Indian journal of veterinary science and animal husbandry - Volumes 15-17, 1948-1951
Year: 1948
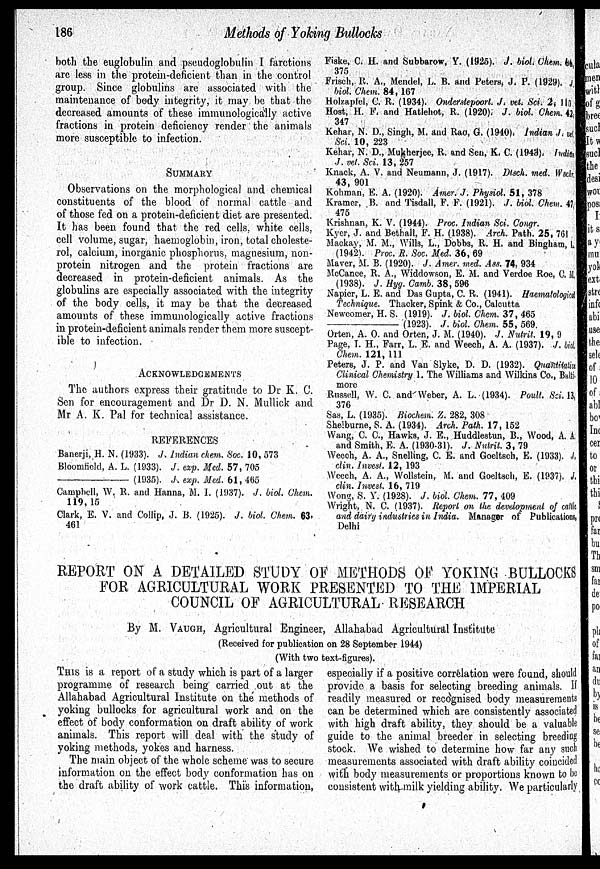
186
Methods of Yoking Bullocks
both the euglobulin and pseudoglobulin I farctions
are less in the protein-deficient than in the control
group. Since globulins are associated with the
maintenance of body integrity, it may be that the
decreased amounts of these immunologically active
fractions in protein deficiency render the animals
more susceptible to infection.
SUMMARY
Observations on the morphological and chemical
constituents of the blood of normal cattle and
of those fed on a protein-deficient diet are presented.
It has been found that the red cells, white cells,
cell volume, sugar, haemoglobin, iron, total choleste-
rol, calcium, inorganic phosphorus, magnesium, non-
protein nitrogen and the protein fractions are
decreased in protein-deficient animals. As the
globulins are especially associated with the integrity
of the body cells, it may be that the decreased
amounts of these immunologically active fractions
in protein-deficient animals render them more suscept-
ible to infection.
ACKNOWLEDGEMENTS
The authors express their gratitude to Dr K. C.
Sen for encouragement and Dr D. N. Mullick and
Mr A. K. Pal for technical assistance.
REFERENCES
Banerji, H. N. (1933). J. Indian chem. Soc. 10, 573
Bloomfield, A. L. (1933). J. exp. Med. 57, 705
—
(1935). J. exp. Med. 61, 465
Campbell, W. R. and Hanna, M. 1. (1937). J. biol. Chem.
119, 15
Clark, E. V. and Collip, J. B. (1925). J. biol. Chem. 63,
461
Fiske, C. H. and Subbarow, Y. (1925). J. biol. Chem. 66
375
Frisch, R. A., Mendel, L. B. and Peters, J. P. (1929). j.
biol. Chem. 84, 167
Holzapfel, C. R. (1934). Onderstepoort. J. vet. Sci. 2, 115
Host, H. F. and Hatlehot, R. (1920). J. biol. Chem. 42,
347
Kehar, N. D., Singh, M. and Rao, G. (1940). Indian J. vel.
Sci. 10, 223
Kehar, N. D., Mukherjee, R. and Sen, K. C. (1943). Indian
J. vet. Sci. 13, 257
Knack, A. V. and Neumann, J. (1917). Disch. med. Wschr.
43, 901
Kohman, E. A. (1920). Amer. J. Physiol. 51, 378
Kramer, B. and Tisdall, F. F. (1921). J. biol. Chem. 47
475
Krishnan, K. V. (1944). Proc. Indian Sci. Congr.
Kyer, J. and Bethall, F. H. (1938). Arch. Path. 25, 761
Mackay, M. M., Wills, L., Dobbs, R. H. and Bingham, L.
(1942). Proc. R. Soc. Med. 36, 69
Maver, M. B. (1920). J. Amer. med. Ass. 74, 934
McCance. R. A., Widdowson, E. M. and Verdoe Roe, C. M.
(1938). J. Hyg. Camb. 38, 596
Napier, L. E. and Das Gupta, C. R. (1941). Haematological
Technique. Thacker, Spink & Co., Calcutta
Newcomer, H. S. (1919). J. biol. Chem. 37, 465
—
(1923). J. biol. Chem. 55, 569.
Orten, A. O. and Orten, J. M. (1940). J. Nutrit. 19, 9
Page, I. H., Farr, L. E. and Weech, A. A. (1937). J. biol.
Chem. 121, 111
Peters, J. P. and Van Slyke, D. D. (1932). Quantitative
Clinical Chemistry 1. The Williams and Wilkins Co., Balti-
more
Russell, W. C. and Weber, A. L. (1934). Poult. Sci. 13,
376
Sas, L. (1935). Biochem. Z. 282, 308
Shelburne, S. A. (1934). Arch. Path. 17, 152
Wang, C. C., Hawks, J. E., Huddlestun, B., Wood, A. A.
and Smith, E. A. (1930-31). J. Nutrit. 3, 79
Weech, A. A., Snelling, C. E. and Goeltsch, E. (1933). J.
clin.Invest.16, 719
Weech, A. A., Wollstein, M. and Goeltsch, E. (1937). J.
clin. Invest. 16, 719
Wong, S. Y. (1928). J. biol. Chem. 77, 409
Wright, N. C. (1937). Report on the development of cattle
and dairy industries in India. Manager of Publications,
Delhi
REPORT ON A DETAILED STUDY OF METHODS OF YOKING BULLOCKS
FOR AGRICULTURAL WORK PRESENTED TO THE IMPERIAL
COUNCIL OF AGRICULTURAL RESEARCH
By M. VAUGH, Agricultural Engineer, Allahabad Agricultural Institute
(Received for publication on 28 September 1944)
(With two text-figures).
THIS is a report of a study which is part of a larger
programme of research being carried out at the
Allahabad Agricultural Institute on the methods of
yoking bullocks for agricultural work and on the
effect of body conformation on draft ability of work
animals. This report will deal with the study of
yoking methods, yokes and harness.
The main object of the whole scheme was to secure
information on the effect body conformation has on
the draft ability of work cattle. This information,
especially if a positive correlation were found, should
provide a basis for selecting breeding animals. If
readily measured or recognised body measurements
can be determined which are consistently associated
with high draft ability, they should be a valuable
guide to the animal breeder in selecting breeding
stock. We wished to determine how far any such
measurements associated with draft ability coincided
with body measurements or proportions known to be
consistent with milk yielding ability. We particularly